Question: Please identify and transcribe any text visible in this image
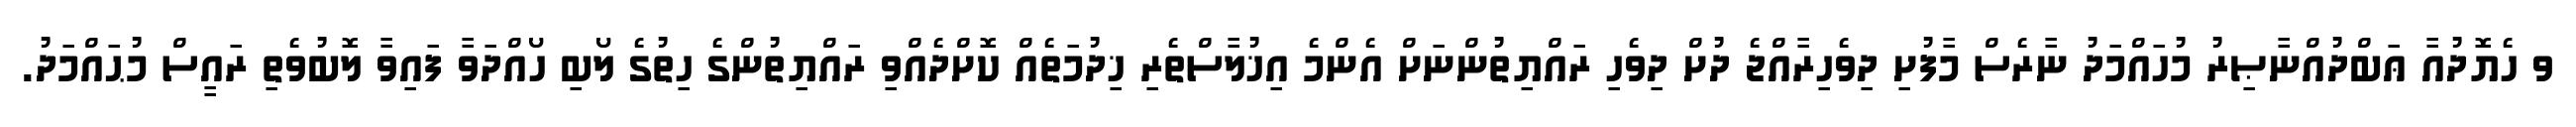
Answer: ވ ހެޔޮދުއާ ޢަބްދުއްނާޞިރު މުހައްމަދު ނާރެސް މާފުށި ދިވެހިރާއްޖެ ދުށް ދިވެހި ރައްޔިތުންނަށް އެންމެ އިޚުލާސްތެރި ޚިދުމަތެއް ކޮށްދެއްވި ރައްޔިތުންގެ ހިތުގެ ލޯބި ހޯއްދަވާ ފައިވާ ލޮބުވެތި ރައީސް މުޙައްމަދު.